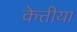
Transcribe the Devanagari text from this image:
केत्तीया